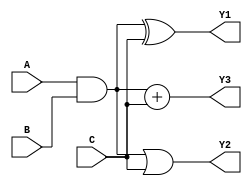
module CombinationalLogicBlock (
    input wire [3:0] A,   // 4-bit input signal
    input wire [3:0] B,   // 4-bit input signal
    input wire [3:0] C,   // 4-bit input signal
    output wire [3:0] Y1,  // Output signal 1
    output wire [3:0] Y2,  // Output signal 2
    output wire [3:0] Y3   // Output signal 3
);

// Shared Logic Path
wire [3:0] shared_logic;

// Shared logic implementation (example: A & B)
assign shared_logic = A & B;

// Output Logic Implementation
assign Y1 = shared_logic ^ C;  // Output 1 combines shared logic with input C
assign Y2 = shared_logic | C;  // Output 2 combines shared logic with input C
assign Y3 = shared_logic + C;  // Output 3 combines shared logic with input C

endmodule